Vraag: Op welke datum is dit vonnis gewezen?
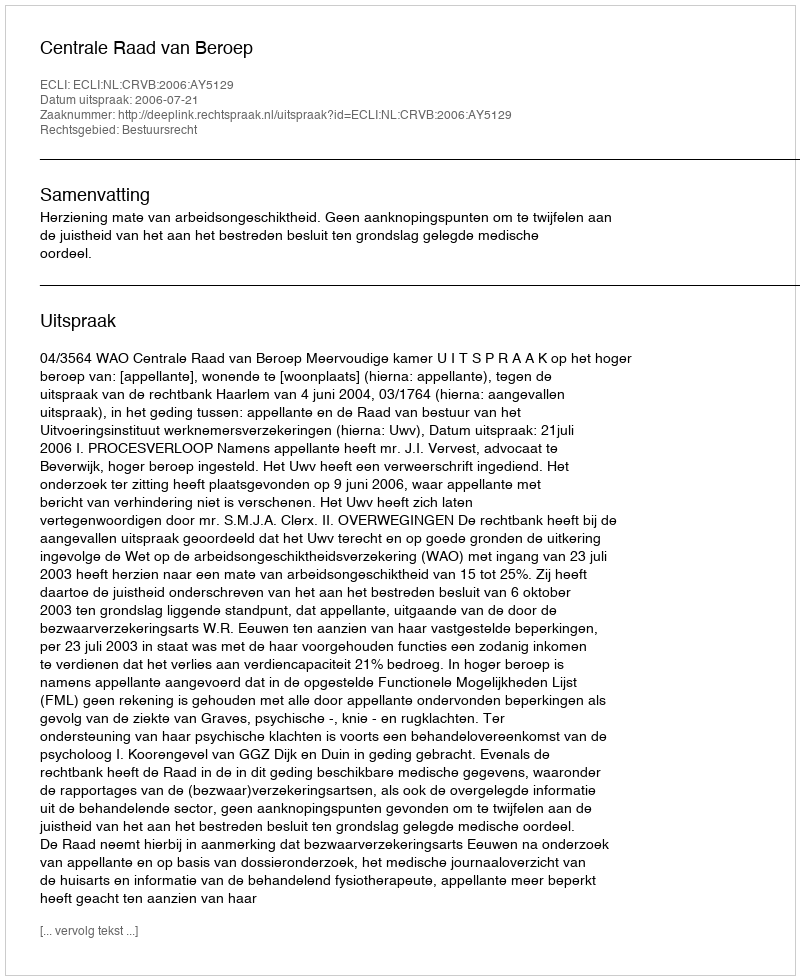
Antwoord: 2006-07-21